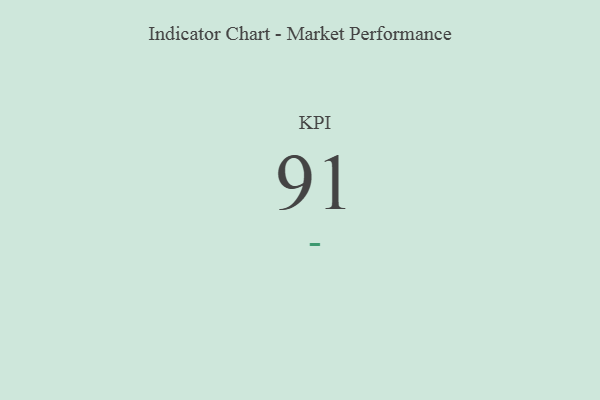
{"axis": {"x": "KPI", "y": "Value"}, "legend": [""], "data": [{"x": "KPI", "y": 91, "type": ""}]}